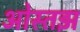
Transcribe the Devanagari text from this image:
ओस्तझ